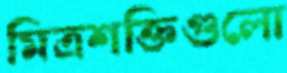
মিত্রশক্তিগুলো